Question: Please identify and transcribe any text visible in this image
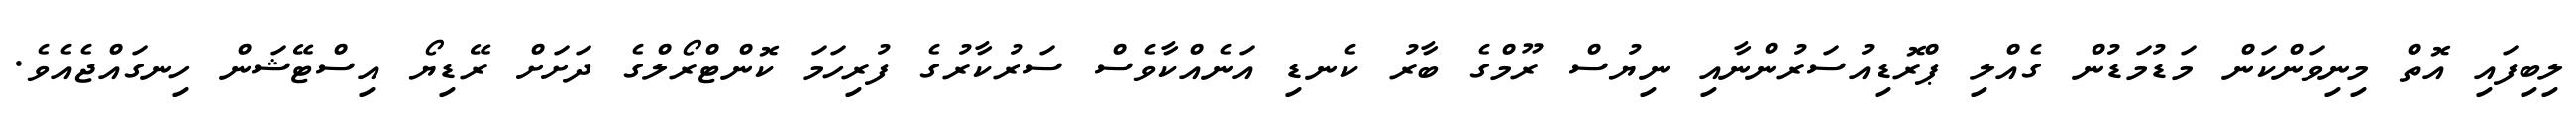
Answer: ލިބިފައި އޮތް މިނިވަންކަން މަޑުމަޑުން ގެއްލި ޕްރޮޑިއުސަރުންނާއި ނިޔުސް ރޫމްގެ ބާރު ކެނޑި އަނެއްކާވެސް ސަރުކާރުގެ ފުރިހަމަ ކޮންޓްރޯލްގެ ދަށަށް ރޭޑިޔޯ އިސްޓޭޝަން ހިނގައްޖެއެވެ.